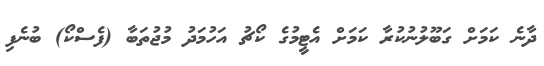
ދާނެ ކަމަށް ގަބޫލުނުކުރާ ކަމަށް އެޓީމުގެ ކޯޗު އަހުމަދު މުޖުތަބާ (ފެސްކޯ) ބުނެފި